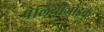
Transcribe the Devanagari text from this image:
पेलियोजोइक